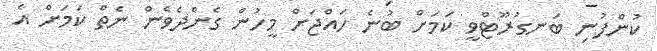
ކުންފުނި ބަނގުރޫޓްވީ ކަމަށް ބުނެ ހައްޖަަށް މީހުން ގެންދެވެން ނެތް ކަމަށް އެ